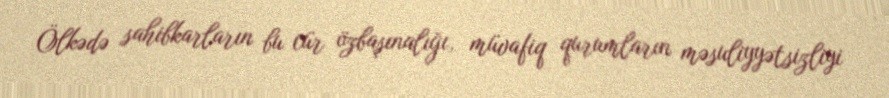
Ölkədə sahibkarların bu cür özbaşınalığı, müvafiq qurumların məsuliyyətsizliyi